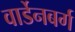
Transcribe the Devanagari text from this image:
वार्डेनबर्ग